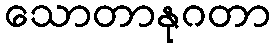
သောတာနုဂတာ